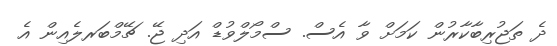
ދެ ތަޖުރިބާކާރުން ކަމަށް ވާ އެސް. ސްމޯލްވުޑް އަދި ޖޭ. ޗޭމްބަރލެއިން އެ